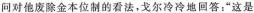
问对他废除金本位制的看法，戈尔冷冷地回答：”这是